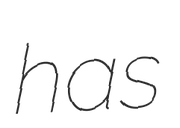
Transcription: has